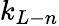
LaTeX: k_{L-n}